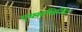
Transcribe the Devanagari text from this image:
एक्सप्लिशिट